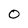
Character: 0